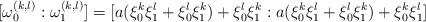
LaTeX: \begin{align*}[\omega_0^{(k,l)} : \omega_1^{(k,l)}] = [a(\xi_0^k\xi_1^l + \xi_0^l \xi_1^k) + \xi_0^l \xi_1^k : a(\xi_0^k\xi_1^l + \xi_0^l \xi_1^k) + \xi_0^k \xi_1^l]\end{align*}